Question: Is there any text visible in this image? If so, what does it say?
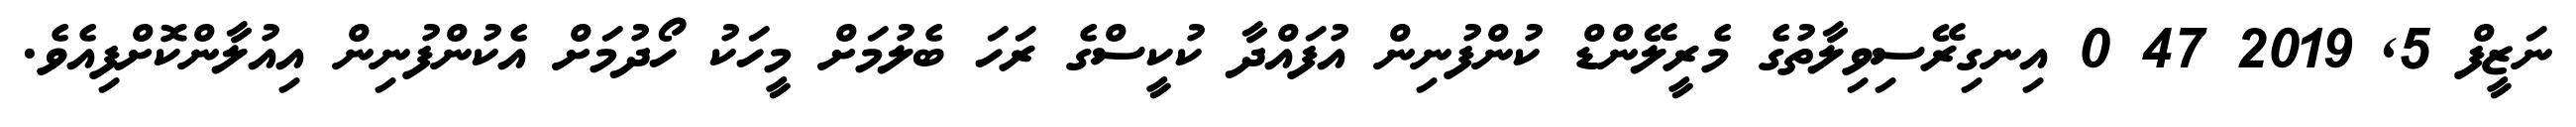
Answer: ނަޒީފް 5, 2019 47 0 އިނގިރޭސިވިލާތުގެ މެރީލޭންޑް ކުންފުނިން އުފައްދާ ކުކީސްގެ ރަހަ ބެލުމަށް މީހަކު ހޯދުމަށް އެކުންފުނިން އިއުލާންކޮށްފިއެވެ.